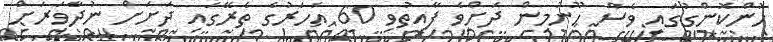
ހޮންކޮންގުގައި ވެސް ހޫނުމިން ދަށްވެ ފާއިތުވި 60 އަހަރުގެ ތެރޭގައި ދަށަށް ނުދާވަރަށް